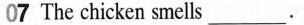
07 The chicken smells___.